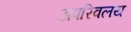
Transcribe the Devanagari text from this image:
अपरिवलय